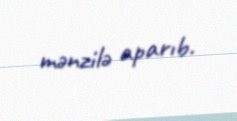
mənzilə aparıb.